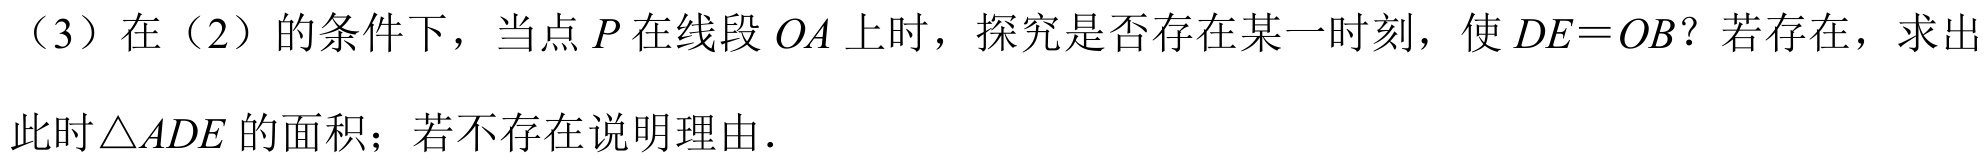
（3）在（2）的条件下，当点\(P\)在线段\(OA\)上时，探究是否存在某一时刻，使\(DE = OB\)？若存在，求出此时\(\triangle ADE\)的面积；若不存在说明理由.